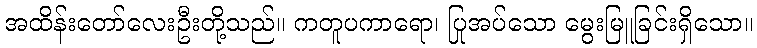
အထိန်းတော်လေးဦးတို့သည်။ ကတူပကာရော၊ ပြုအပ်သော မွေးမြူခြင်းရှိသော။